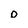
Character: o